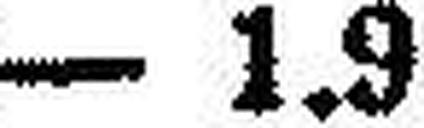
– 1·9